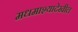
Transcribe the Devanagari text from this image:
मधमाश्यादेखील